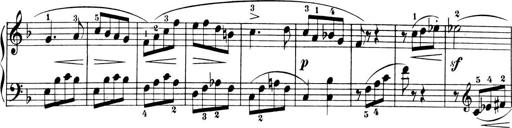
Title: 6 Piano Sonatinas
Composer: Cornelius Gurlitt